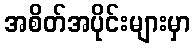
အစိတ်အပိုင်းများမှာ